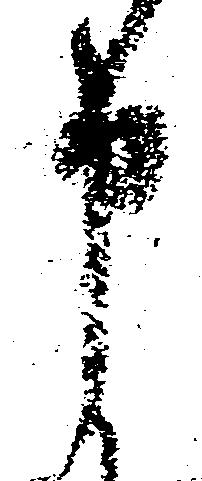
申